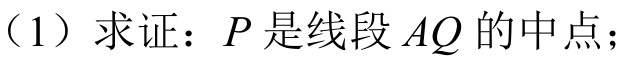
（1）求证：\(P\)是线段\(AQ\)的中点；